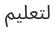
لتعلیم